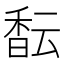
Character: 𱄎